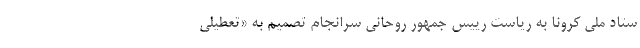
ستاد ملی کرونا به ریاستِ رییس جمهور روحانی سرانجام تصمیم به «تعطیلی